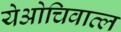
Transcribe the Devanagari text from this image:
येओचिवात्ल